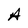
Character: A